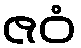
ဇဝံ